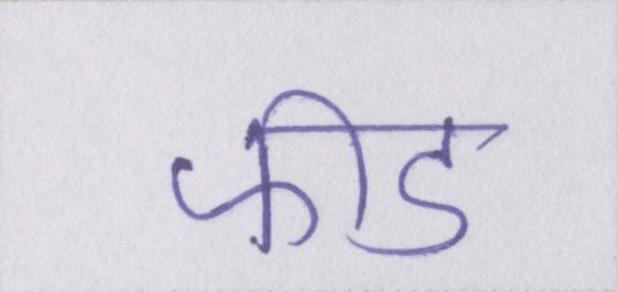
फीड